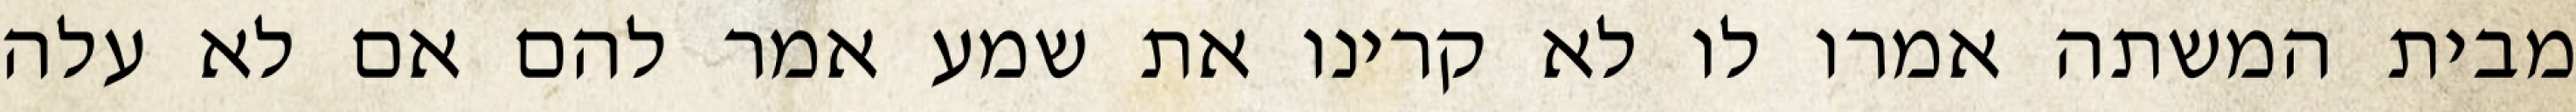
מבית המשתה אמרו לו לא קרינו את שמע אמר להם אם לא עלה